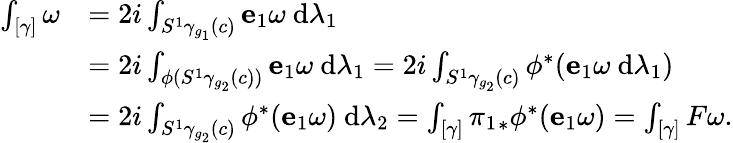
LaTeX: \begin{array}{rl}{\int_{[\gamma]}\omega}&{=2i\int_{S^{1}\gamma_{g_{1}}(c)}\mathbf{e}_{1}\omega~\mathrm{d}\lambda_{1}}\\ &{=2i\int_{\phi(S^{1}\gamma_{g_{2}}(c))}\mathbf{e}_{1}\omega~\mathrm{d}\lambda_{1}=2i\int_{S^{1}\gamma_{g_{2}}(c)}\phi^{*}(\mathbf{e}_{1}\omega~\mathrm{d}\lambda_{1})}\\ &{=2i\int_{S^{1}\gamma_{g_{2}}(c)}\phi^{*}(\mathbf{e}_{1}\omega)~\mathrm{d}\lambda_{2}=\int_{[\gamma]}{\pi_{1}}_{*}\phi^{*}(\mathbf{e}_{1}\omega)=\int_{[\gamma]}F\omega.}\end{array}